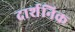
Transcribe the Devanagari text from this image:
दार्शनिक